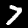
Digit: 7